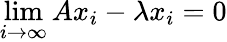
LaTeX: \operatorname*{lim}_{i\to\infty}Ax_{i}-\lambda x_{i}=0